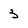
Character: 3